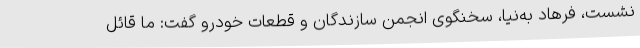
نشست، فرهاد به‌نیا، سخنگوی انجمن سازندگان و قطعات خودرو گفت: ما قائل